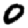
Digit: 0